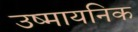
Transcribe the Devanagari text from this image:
उष्मायनिक